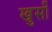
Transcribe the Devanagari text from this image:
खुर्सी